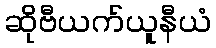
ဆိုဗီယက်ယူနီယံ